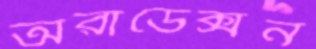
অরাডেক্সন